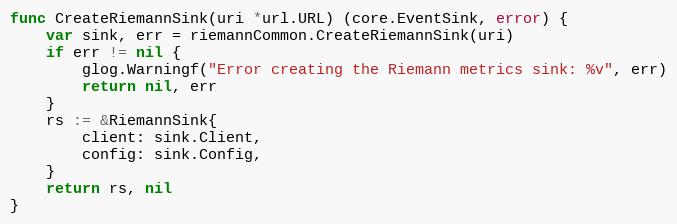
Language: Go
func CreateRiemannSink(uri *url.URL) (core.EventSink, error) {
	var sink, err = riemannCommon.CreateRiemannSink(uri)
	if err != nil {
		glog.Warningf("Error creating the Riemann metrics sink: %v", err)
		return nil, err
	}
	rs := &RiemannSink{
		client: sink.Client,
		config: sink.Config,
	}
	return rs, nil
}